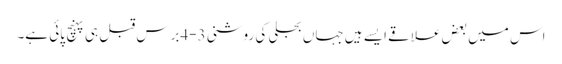
اس میں بعض علاقے ایسے ہیں جہاں بجلی کی روشنی 3-4برس قبل ہی پہنچ پائی ہے۔